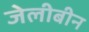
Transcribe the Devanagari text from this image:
जेलीबीन